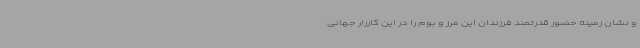
و نشان زمینه حضور قدرتمند فرزندان این مرز و بوم را در این کارزار جهانی